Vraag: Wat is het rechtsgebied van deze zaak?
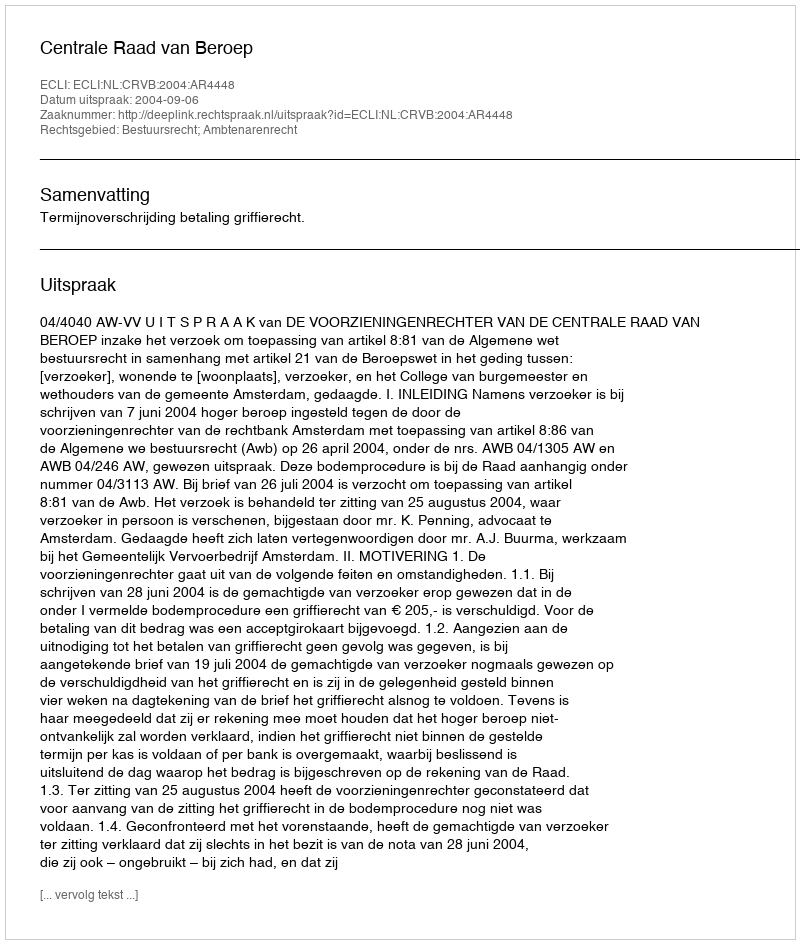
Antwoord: Bestuursrecht; Ambtenarenrecht